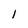
Character: l